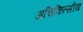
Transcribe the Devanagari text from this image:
अचिकित्सीय